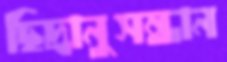
ছিদ্রানুসন্ধান